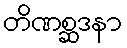
တိဏစ္ဆဒနာ